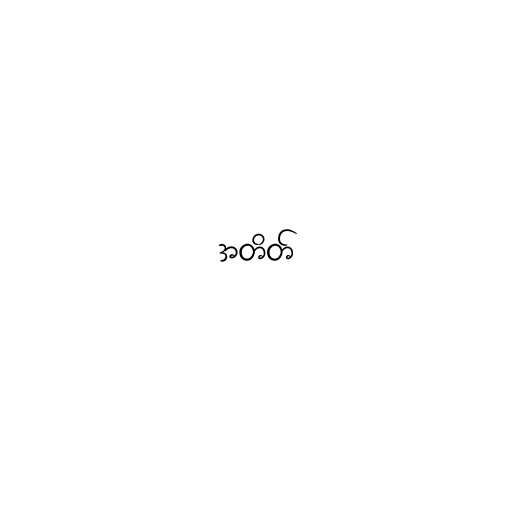
အတိတ်